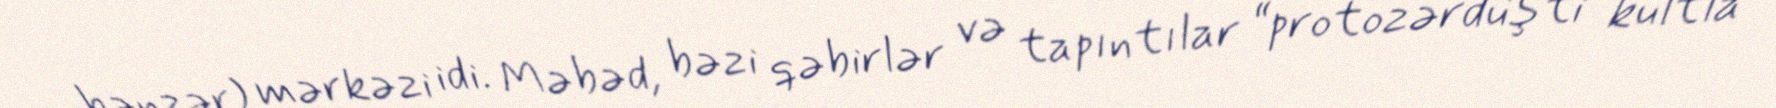
bənzər) mərkəzi idi. Məbəd, bəzi qəbirlər və tapıntılar “protozərdüşti” kultla